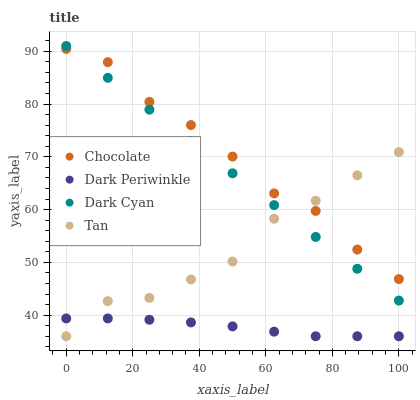
| xaxis_label | Chocolate | Dark Periwinkle | Dark Cyan | Tan |
 | --- | --- | --- | --- | --- |
 | 0 | 90.4 | 39.4 | 91 | 36 |
 | 12.5 | 87.9 | 39.4 | 85 | 42.7 |
 | 25 | 80.4 | 39.1 | 78.9 | 43.3 |
 | 37.5 | 76 | 38.6 | 72.9 | 46.8 |
 | 50 | 70.1 | 37.9 | 66.9 | 50.2 |
 | 62.5 | 63.1 | 36.9 | 60.8 | 58.3 |
 | 75 | 59.7 | 36 | 54.8 | 61.7 |
 | 87.5 | 52.4 | 36 | 48.8 | 66.5 |
 | 100 | 46.8 | 36 | 42.8 | 70.9 |